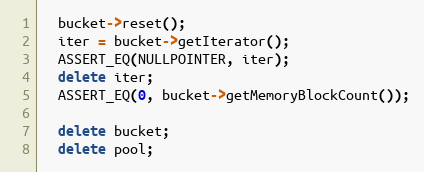
Language: C++
  bucket->reset();
  iter = bucket->getIterator();
  ASSERT_EQ(NULLPOINTER, iter);
  delete iter;
  ASSERT_EQ(0, bucket->getMemoryBlockCount());

  delete bucket;
  delete pool;